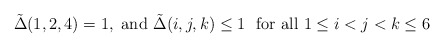
\begin{align*}\tilde \Delta(1,2,4)=1 , \mbox{ and }\tilde \Delta(i,j,k)\le 1\ \mbox{ for all } 1\le i<j<k \le 6\end{align*}